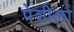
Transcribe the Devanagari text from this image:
पेशीला